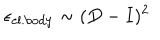
\epsilon _ { \mathrm { e l . b o d y } } \sim ( D - I ) ^ { 2 }